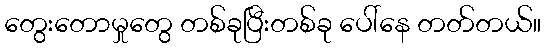
တွေးတောမှုတွေ တစ်ခုပြီးတစ်ခု ပေါ်နေ တတ်တယ်။